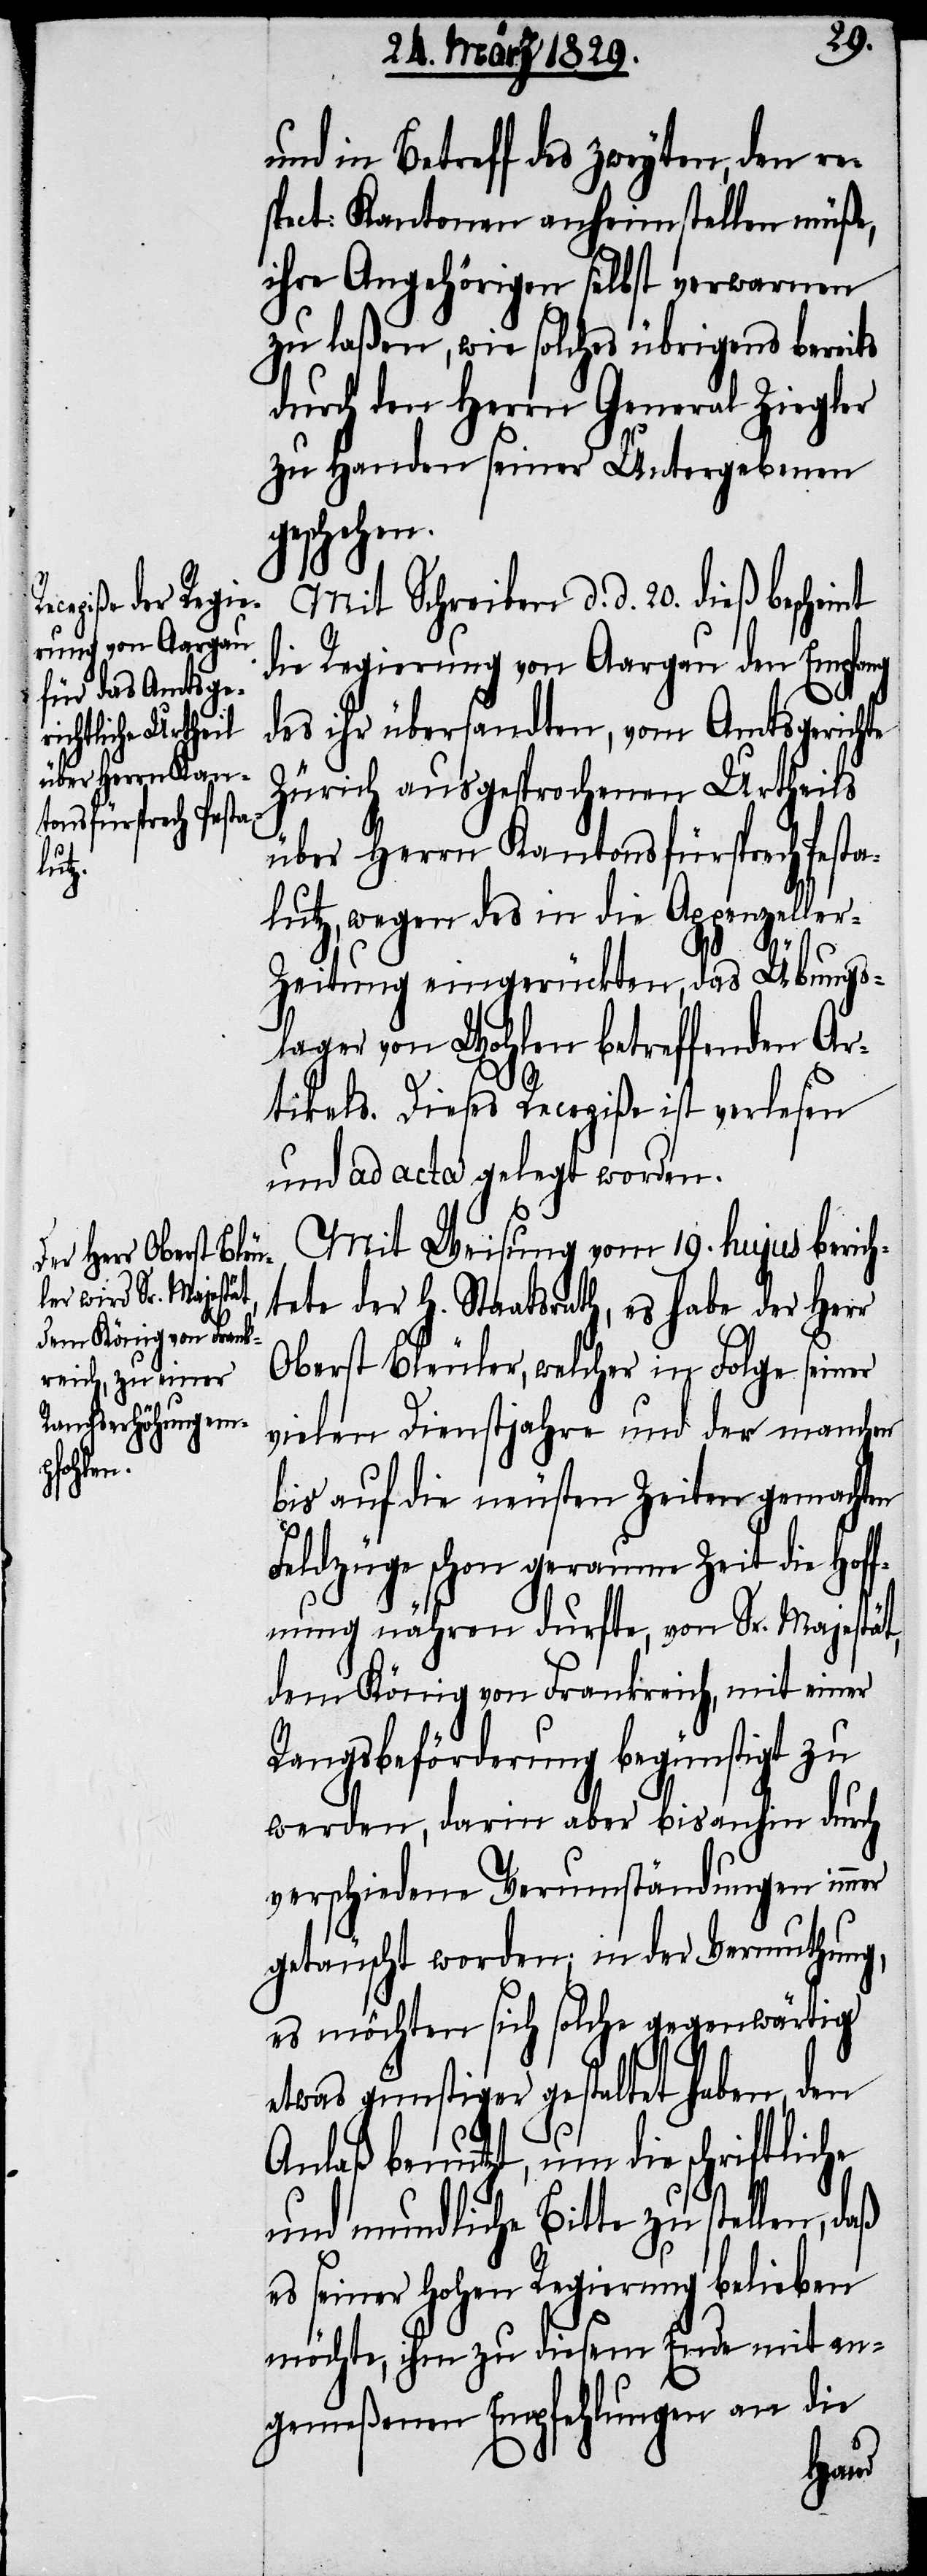
und in Betreff des zweyten, den re¬
spect: Kantonen anheimstellen müße,
ihre Angehörigen selbst verwarnen
zu laßen, wie solches übrigens bereits
durch den Herrn General Ziegler
zu Handen seiner Untergebenen
geschehen.
Mit Schreiben d. d. 20. dieß beschei¬
die Regierung von Aargau den Empfang
des ihr übersandten, vom Amtsgerichte
Zürich ausgesprochenen Urtheils
über Herrn Kantonsfürsprech Pesta¬
lutz, wegen des in die Appenzelle¬
nt
r-Zeitung eingerückten, das Übungs¬
lager von Wohlen betreffenden Ar¬
tikels. Dieses Recepiße ist verlesen
und ad acta gelegt worden.
Mit Weisung vom 19. hujus berich¬
tet der H. Staatsrath, es habe der Herr
Oberst Bleuler, welcher in Folge seiner
vielen Dienstjahre und der manchen
bis auf die neusten Zeiten gemachten
Feldzüge schon geraume Zeit die Hof¬
fnung nähren durfte, von Sr. Majestät,
dem König von Frankreich, mit einer
Rangsbeförderung begünstigt zu
werden, darin aber bis anhin durch
verschiedene Verumständungen immer
getäuscht worden; in der Vermuthung,
es möchten sich solche gegenwärtig
etwas günstiger gestaltet haben, den
Anlaß benutzt, um die schriftlic¬
und mundliche Bitte zu stellen,
es seiner hohen Regierung belieben
möchte, ihm zu diesem Ende mit an¬
gemeßenen Empfehlungen an die
he